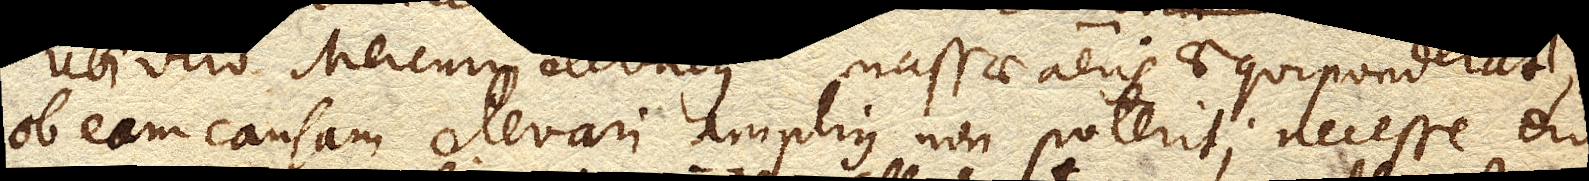
ob eam causam elevari amplius non poterit; necesse erit